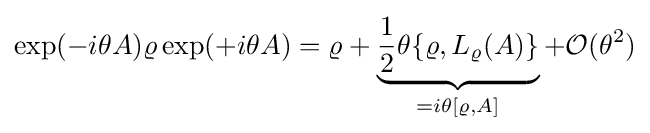
\exp(-i\theta A)\varrho \exp(+i\theta A)=\varrho +\underbrace {{\frac {1}{2}}\theta \{\varrho ,L_{\varrho }(A)\}} _{=i\theta [\varrho ,A]}+{\mathcal {O}}(\theta ^{2})